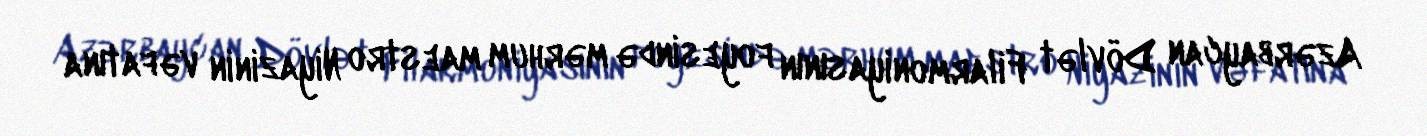
Azərbaycan Dövlət Filarmoniyasının foyesində mərhum maestro Niyazinin vəfatına